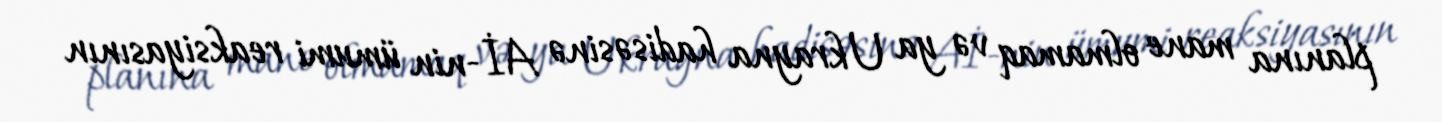
planına mane olmamaq və ya Ukrayna hadisəsinə Aİ-nin ümumi reaksiyasının